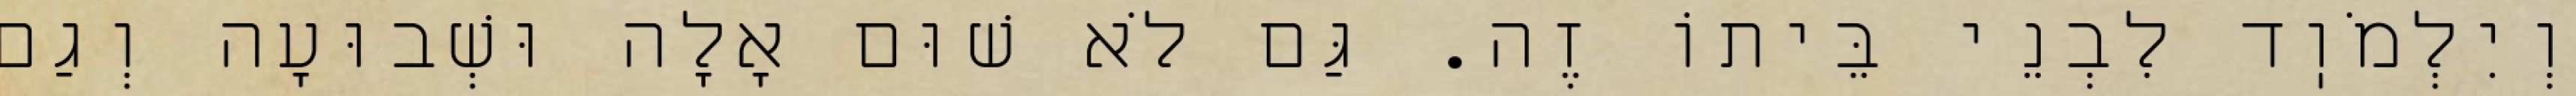
וְיִלְמֹוֽד לִבְנֵי בֵּיתוֹ זֶה. גַּם לֹא שׁוּם אָלָה וּשְׁבוּעָה וְגַם